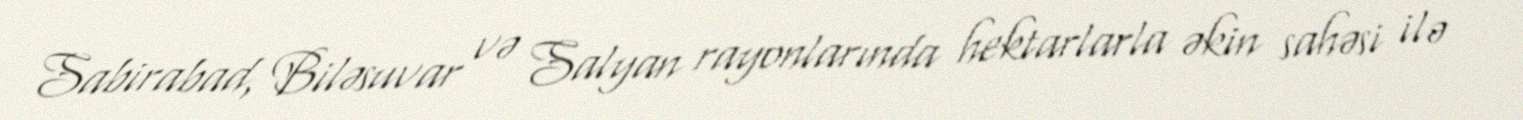
Sabirabad, Biləsuvar və Salyan rayonlarında hektarlarla əkin sahəsi ilə